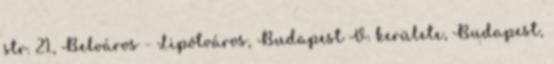
str. 21., Belváros - Lipótváros, Budapest V. kerülete, Budapest,